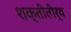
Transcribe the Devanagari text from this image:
शक्तीतीर्थ